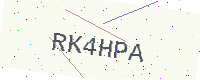
Text: RK4HPA